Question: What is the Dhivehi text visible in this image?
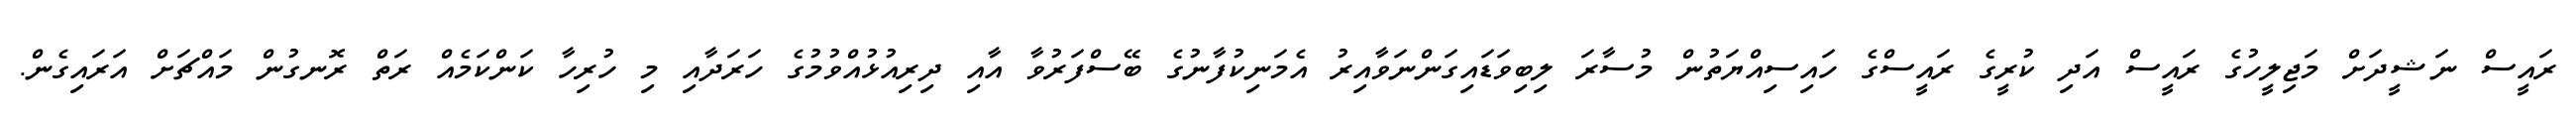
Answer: ރައީސް ނަޝީދަށް މަޖިލީހުގެ ރައީސް އަދި ކުރީގެ ރައީސްގެ ހައިސިއްޔަތުން މުސާރަ ލިބިވަޑައިގަންނަވާއިރު އެމަނިކުފާނުގެ ބޭސްފަރުވާ އާއި ދިރިއުޅުއްވުމުގެ ހަރަދާއި މި ހުރިހާ ކަންކަމެއް ރަތް ރޮނގުން މައްޗަށް އަރައިގެން.